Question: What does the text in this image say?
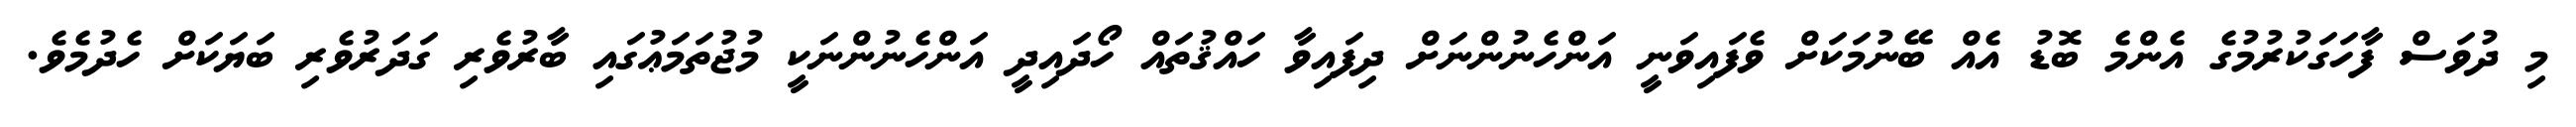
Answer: މި ދުވަސް ފާހަގަކުރުމުގެ އެންމެ ބޮޑު އެއް ބޭނުމަކަށް ވެފައިވަނީ އަންހެނުންނަށް ދިފައިވާ ހައްޤުތައް ހޯދައިދީ އަންހެނުންނަކީ މުޖުތަމަޢުގައި ބާރުވެރި ގަދަރުވެރި ބަޔަކަށް ހެދުމެވެ.